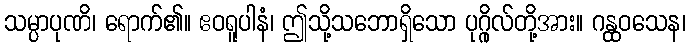
သမ္ပာပုဏိ၊ ရောက်၏။ ဧဝရူပါနံ၊ ဤသို့သဘောရှိသော ပုဂ္ဂိုလ်တို့အား။ ဂန္ထဝသေန၊